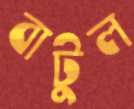
বাটুল